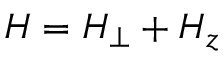
H = H _ { \perp } + H _ { z }